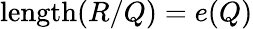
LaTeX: \operatorname{length}(R/Q)=e(Q)